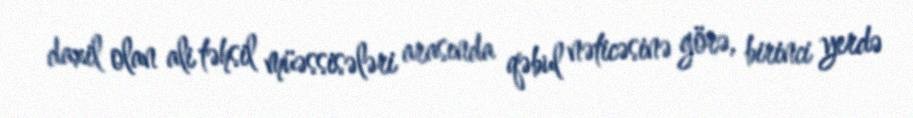
daxil olan ali təhsil müəssisələri arasında qəbul nəticəsinə görə, birinci yerdə